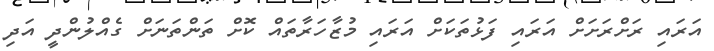
އަރައި ރަށްރަށަށް އަރައި ފަޅުތަކަށް އަރައި މުޒާހަރާތައް ކޮށް ތަންތަނަށް ގެއްލުންދީ އަދި